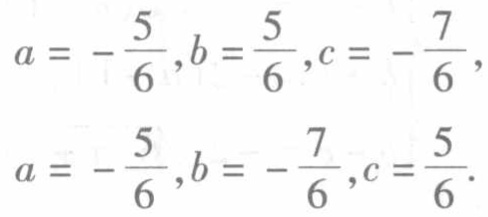
\(a = -\frac{5}{6},b=\frac{5}{6},c = -\frac{7}{6},\)
\(a = -\frac{5}{6},b = -\frac{7}{6},c=\frac{5}{6}.\)